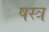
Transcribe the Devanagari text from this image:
षस्त्र